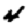
Digit: 4